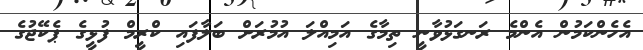
އެހެންކަމުން އެންމެ ރަނގަޅުވާނީ ތިމާގެ އަމިއްލަ އުމުރަށް ބަލާފައި ކްރީމް ފުޅީގެ ޕެކޭޖުގެ